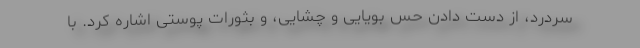
سردرد، از دست دادن حس بویایی و چشایی، و بثورات پوستی اشاره کرد. با